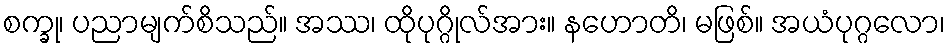
စက္ခု၊ ပညာမျက်စိသည်။ အဿ၊ ထိုပုဂ္ဂိုလ်အား။ နဟောတိ၊ မဖြစ်။ အယံပုဂ္ဂလော၊